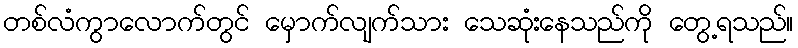
တစ်လံကွာလောက်တွင် မှောက်လျက်သား သေဆုံးနေသည်ကို တွေ့ရသည်။